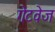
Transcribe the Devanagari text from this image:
गेटवेज